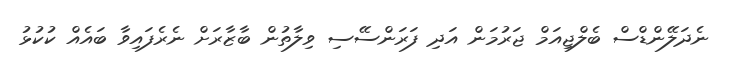
ނެދަލޭންޑްސް ބެލްޖިއަމް ޖަރުމަން އަދި ފަރަންސޭސި ވިލާތުން ބާޒާރަށް ނެރެފައިވާ ބައެއް ކުކުޅު